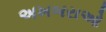
અખબરાઓ